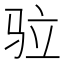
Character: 𩧧